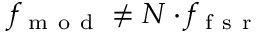
f _ { \mathrm { ~ m ~ o ~ d ~ } } \neq N \cdot f _ { \mathrm { ~ f ~ s ~ r ~ } }